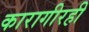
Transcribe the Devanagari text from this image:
कारागीरही